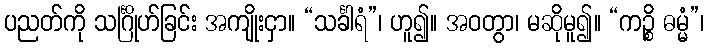
ပညတ်ကို သင်္ဂြိုဟ်ခြင်း အကျိုးငှာ။ “သင်္ခါရံ”၊ ဟူ၍။ အဝတွာ၊ မဆိုမူ၍။ “ကဉ္စိ ဓမ္မံ”၊